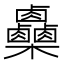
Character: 𣡼